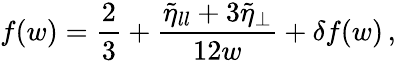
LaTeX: f(w)=\frac{2}{3}+\frac{\tilde{\eta}_{ll}+3\tilde{\eta}_{\perp}}{12w}+\delta f(w)\, ,